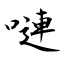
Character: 嗹